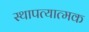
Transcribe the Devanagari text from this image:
स्थापत्यात्मक